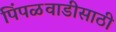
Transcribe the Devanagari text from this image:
पिंपळवाडीसाठी